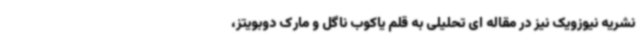
نشریه نیوزویک نیز در مقاله ای تحلیلی به قلم یاکوب ناگل و مارک دوبویتز،